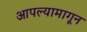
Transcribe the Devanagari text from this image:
आपल्यामागून